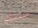
جثتك